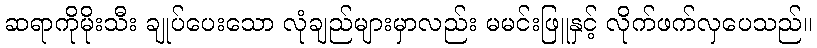
ဆရာကိုမိုးသီး ချုပ်ပေးသော လုံချည်များမှာလည်း မမင်းဖြူနှင့် လိုက်ဖက်လှပေသည်။